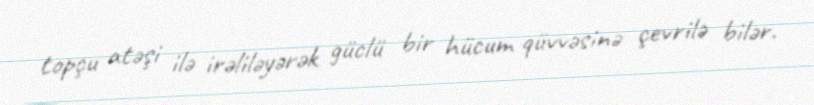
topçu atəşi ilə irəliləyərək güclü bir hücum qüvvəsinə çevrilə bilər.